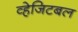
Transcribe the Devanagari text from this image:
व्हेजिटबल